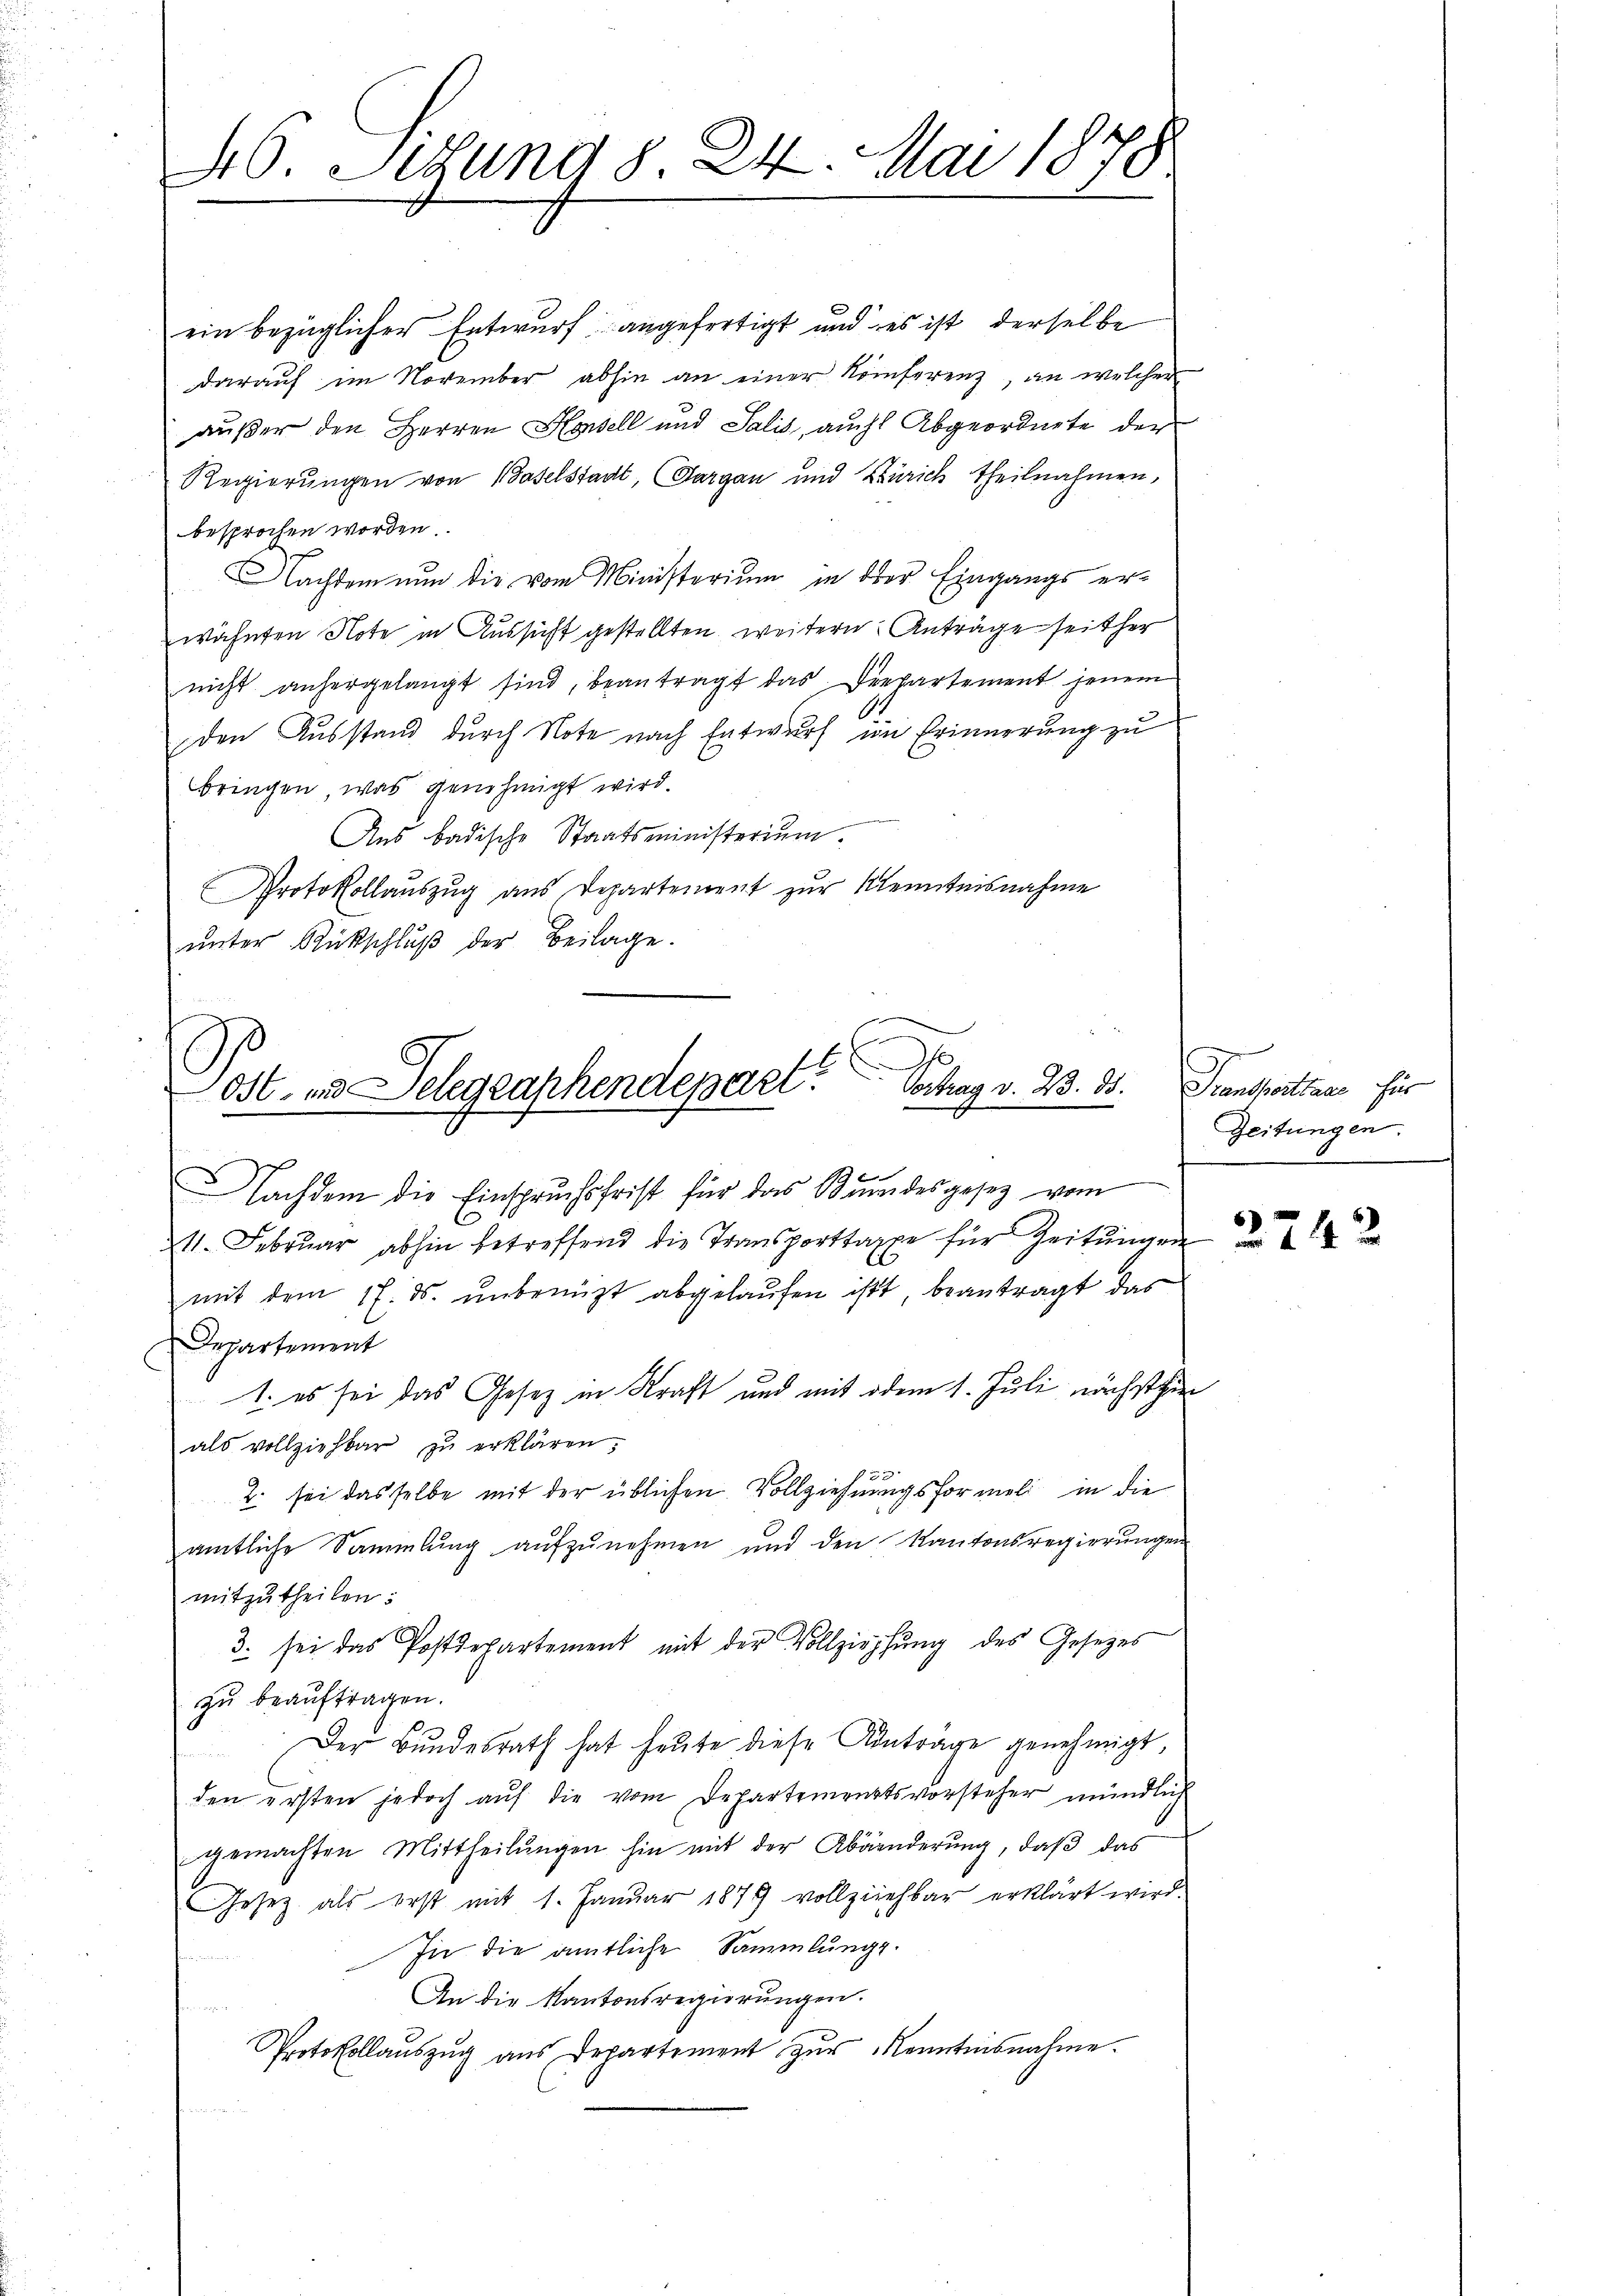
46. Situng d. 24. Mai 1878

ein bezüglicher Entwurf angefertigt und es ist derselbe
darauf im November abhin an einer Konferenz, an welcher
außer den Herren Honell und Salis, auch Abgeordnete der
Regierungen von Baselstadt, Aargau und Zürich theilnahmen,
besprochen worden.
Nachdem nun die vom Ministerium in der Eingangs erwähnten Note in Aussicht gestellten weitern Anträge seither
nicht anhergelangt sind, beantragt das Departement jenem
den Ausstand durch Note nach Entwurf im Erinnerung zu
bringen, was genehmigt wird.

Ans badische Staatsministerium.
Protokollauszug aus Departement zur Kenntnisnahme
ŭnter Rückschlŭβ der Beilage.

ost- und Selegraphendepart. Sohag v. 23. 85.

Nachdem die Einspruchsfrist für das Bundesgesetz vom
11. Februar abhin betreffend die Transporttaxe für Zeitungen
mit dem 17. ds. unbenützt abgelaufen ist, beantragt das
Departement
1. es sei das Gesetz in Kraft und mit dem 1. Juli nächstehen
als vollziehbar zŭ erklären;
2. sei dasselbe mit der üblichen Vollziehungsformel in die
amtliche Sammlung aufzunehmen und den Kantonsregierungen
mitzutheilen:
3. sei das Postdepartement mit der Vollziehung des Gesetzes
zu beauftragen.
Der Bŭndesrath hat heŭte diese Antrage genehmigt,
den ersten jedoch auf die vom Departementsvorsteher mündlich
gemachten Mittheilŭngen hin mit der Abänderŭng, daβ das
Gesetz als erst mit 1. Januar 1879 vollziehbar erklärt wird.
In die amtliche Sammlungs-

An die Kantonsregierungen.
Protokollaŭszŭg ans Departement zŭr Kenntnisnahme.

Transportner für
Zeitungen.

2242